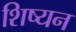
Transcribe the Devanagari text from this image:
शिष्यन